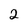
Character: 2